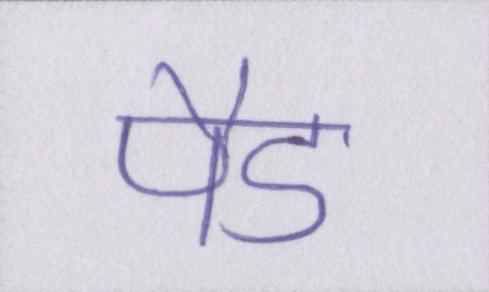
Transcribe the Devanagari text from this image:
पैड